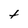
Character: t